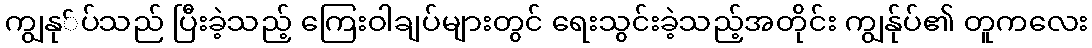
ကျွနု်ပ်သည် ပြီးခဲ့သည့် ကြေးဝါချပ်များတွင် ရေးသွင်းခဲ့သည့်အတိုင်း ကျွနု်ပ်၏ တူကလေး